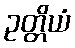
ဥတ္တိယံ